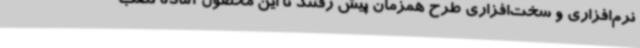
نرم‌افزاری و سخت‌افزاری طرح همزمان پیش رفتند تا این محصول آماده نصب